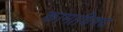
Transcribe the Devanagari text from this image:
कामाधिक्य